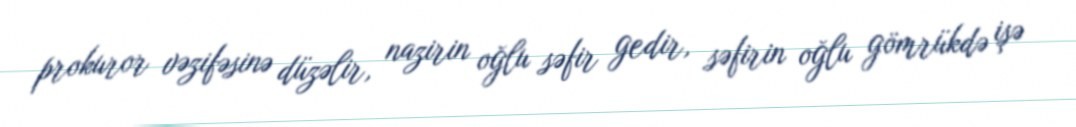
prokuror vəzifəsinə düzəlir, nazirin oğlu səfir gedir, səfirin oğlu gömrükdə işə